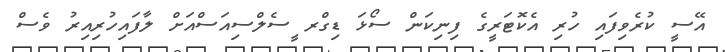
އޭސީ ކުރެވިފައި ހުރި އެކޮޓަރީގެ ފިނިކަން ސޯޅަ ޑިގްރ ީސެލްސިއަސްއަށް ލާފައިހުރިއިރު ވެސް